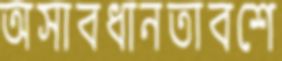
অসাবধানতাবশে